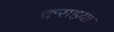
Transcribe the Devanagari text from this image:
कराइया